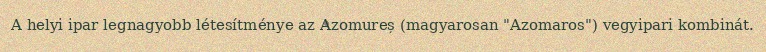
A helyi ipar legnagyobb létesítménye az Azomureș (magyarosan "Azomaros") vegyipari kombinát.